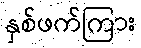
နှစ်ဖက်ကြား